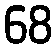
68